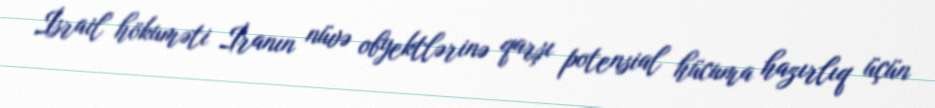
İsrail hökuməti İranın nüvə obyektlərinə qarşı potensial hücuma hazırlıq üçün